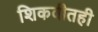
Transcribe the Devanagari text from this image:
शिकवीतही